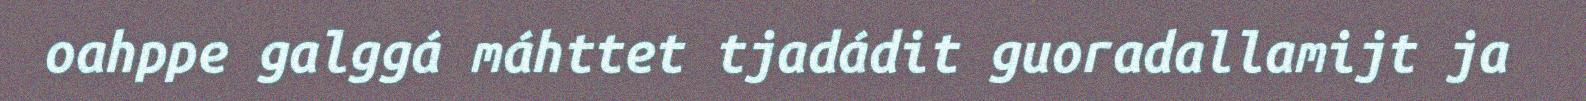
oahppe galggá máhttet tjadádit guoradallamijt ja